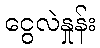
ငွေလဲနှုန်း